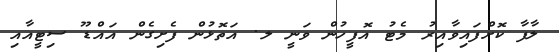
ލާފާ ކޮށްފައިވާއިރު މެޓު އޮފީހުން ވަނީ ލ. އަތޮޅުން ފެށިގެން އައްޑޫ ސިޓީއާއި